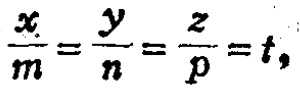
\(\frac{x}{m}=\frac{y}{n}=\frac{z}{p}=t,\)